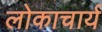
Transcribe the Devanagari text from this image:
लोकाचार्य